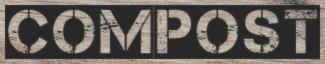
COMPOST